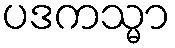
ပဒကသ္မာ